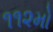
૧૧૨મો